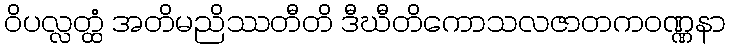
ဝိပလ္လတ္ထံ အတိမညိဿတီတိ ဒီဃီတိကောသလဇာတကဝဏ္ဏနာ